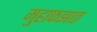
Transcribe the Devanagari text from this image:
मुहाफझात